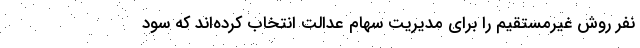
نفر روش غیرمستقیم را برای مدیریت سهام عدالت انتخاب کرده‌اند که سود